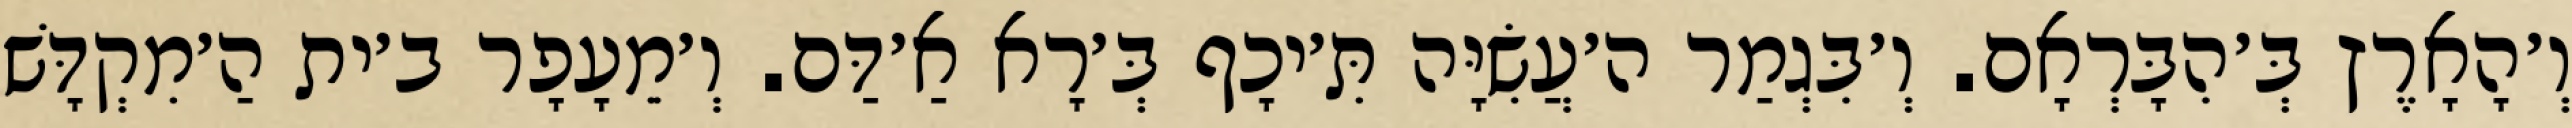
וְ׳הָאָרֶץ בְּ׳הִבָּרְאָם. וְ׳בִּגְמַר ה׳עֲשִׂיָּה תִּ׳יכָף בְּ׳רָא אַ׳דַּם. וְ׳מֵעָפָר ב׳ית הַ׳מִקְדָּשׁ